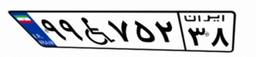
۹۹W۷۵۲۳۸